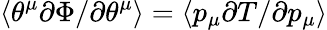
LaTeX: \langle\theta^{\mu}\partial\Phi/\partial\theta^{\mu}\rangle=\langle p_{\mu}\partial T/\partial p_{\mu}\rangle